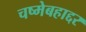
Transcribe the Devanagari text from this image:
चष्मेबहाद्दर